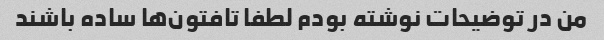
من در توضیحات نوشته بودم لطفا تافتون‌ها ساده باشند